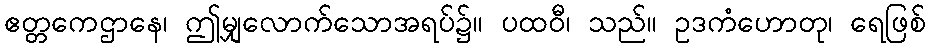
ဧတ္တကေဌာနေ၊ ဤမျှလောက်သောအရပ်၌။ ပထဝီ၊ သည်။ ဥဒကံဟောတု၊ ရေဖြစ်